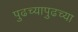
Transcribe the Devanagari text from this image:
पुढच्यापुढच्या